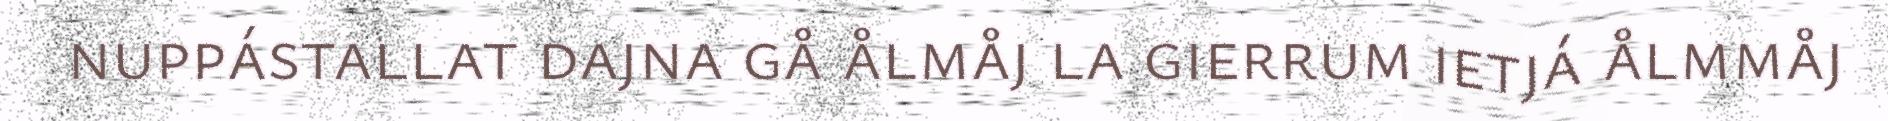
nuppástallat dajna gå ålmåj la gierrum ietjá ålmmåj